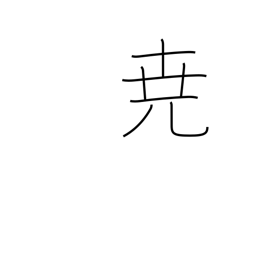
Meaning: high